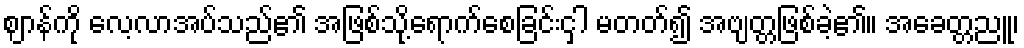
ဈာန်ကို လေ့လာအပ်သည်၏ အဖြစ်သို့ရောက်စေခြင်းငှါ မတတ်၍ အဗျတ္တဖြစ်ခဲ့၏။ အခေတ္တညူ၊